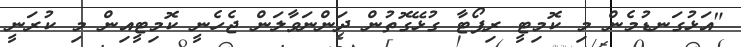
"އަޅުގަނޑުމެން މި ކޮމިޓީ ރިޕޯޓާ ގުޅޭގޮތުން ދަންނަވާލަން ޖެހެނީ ކޮމިޓީއިން މި ކުރަނީ